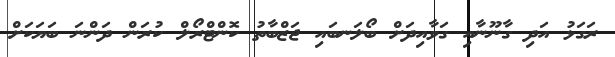
ރަގަޅު އަދި ގާނޫނާއި ގަވާއިދަށް ބޯލަނބައި ޖަޒްބާތު ކޮންޓްރޯލް ކުރަން ދަންނަ ބަޔަކަށް